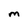
Character: M